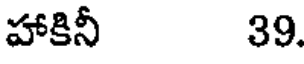
హాకినీ 39.